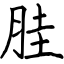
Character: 胿